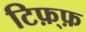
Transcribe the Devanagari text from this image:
टिफ़्फ़